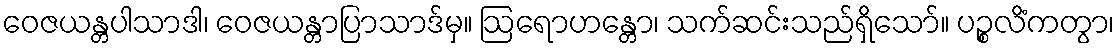
ဝေဇယန္တပါသာဒါ၊ ဝေဇယန္တာပြာသာဒ်မှ။ ဩရောဟန္တော၊ သက်ဆင်းသည်ရှိသော်။ ပဉ္စလိံကတွာ၊